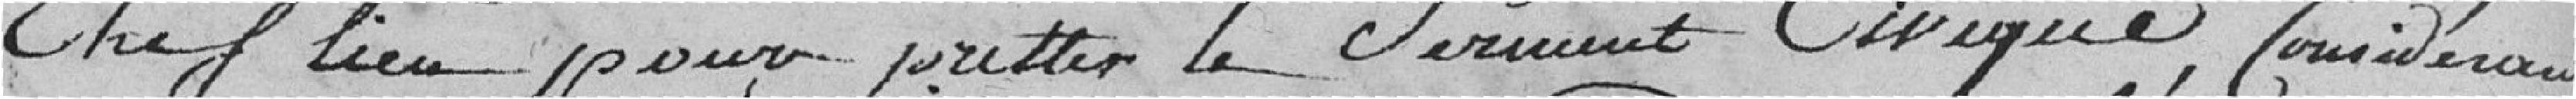
Chef-lieu pour prêter le Serment Civique, considérant